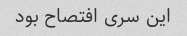
این سری افتصاح بود